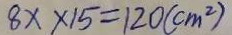
8 x \times 1 5 = 1 2 0 ( c m ^ { 2 } )